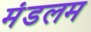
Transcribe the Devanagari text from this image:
मंडलम